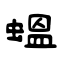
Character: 蝹